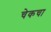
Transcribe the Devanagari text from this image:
चेकचा